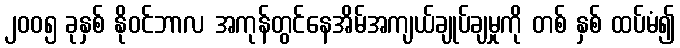
၂၀၀၅ ခုနှစ် နိုဝင်ဘာလ အကုန်တွင်နေအိမ်အကျယ်ချုပ်ချမှုကို တစ် နှစ် ထပ်မံ၍